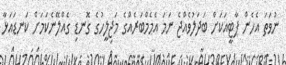
ނުވަތަ އެހެން ޕާޓީއަކަށް ބަދަލުވެއްޖެ ނަމަ އެމެމްބަރެއްގެ މަޖިލީހުގެ ގޮނޑި ގެއްލޭނެކަމަށް ކަނޑައަޅާ